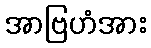
အာဗြဟံအား